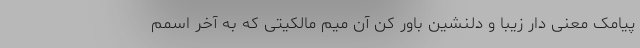
پیامک معنی دار زیبا و دلنشین باور کن آن میم مالکیتى که به آخر اسمم